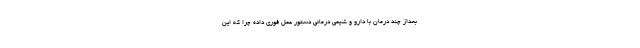
بعداز چند درمان با دارو و شیمی درمانی دستور عمل فوری داده چرا که این